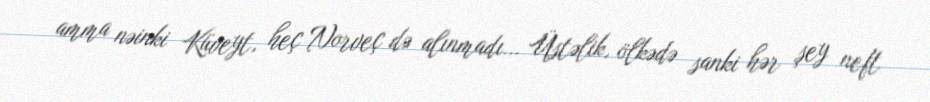
amma nəinki Küveyt, heç Norveç də alınmadı... Üstəlik, ölkədə sanki hər şey neft